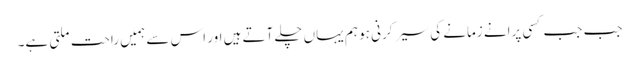
جب جب کسی پرانے زمانے کی سیر کرنی ہو ہم یہاں چلے آتے ہیں اور اس سے ہمیں راحت ملتی ہے۔